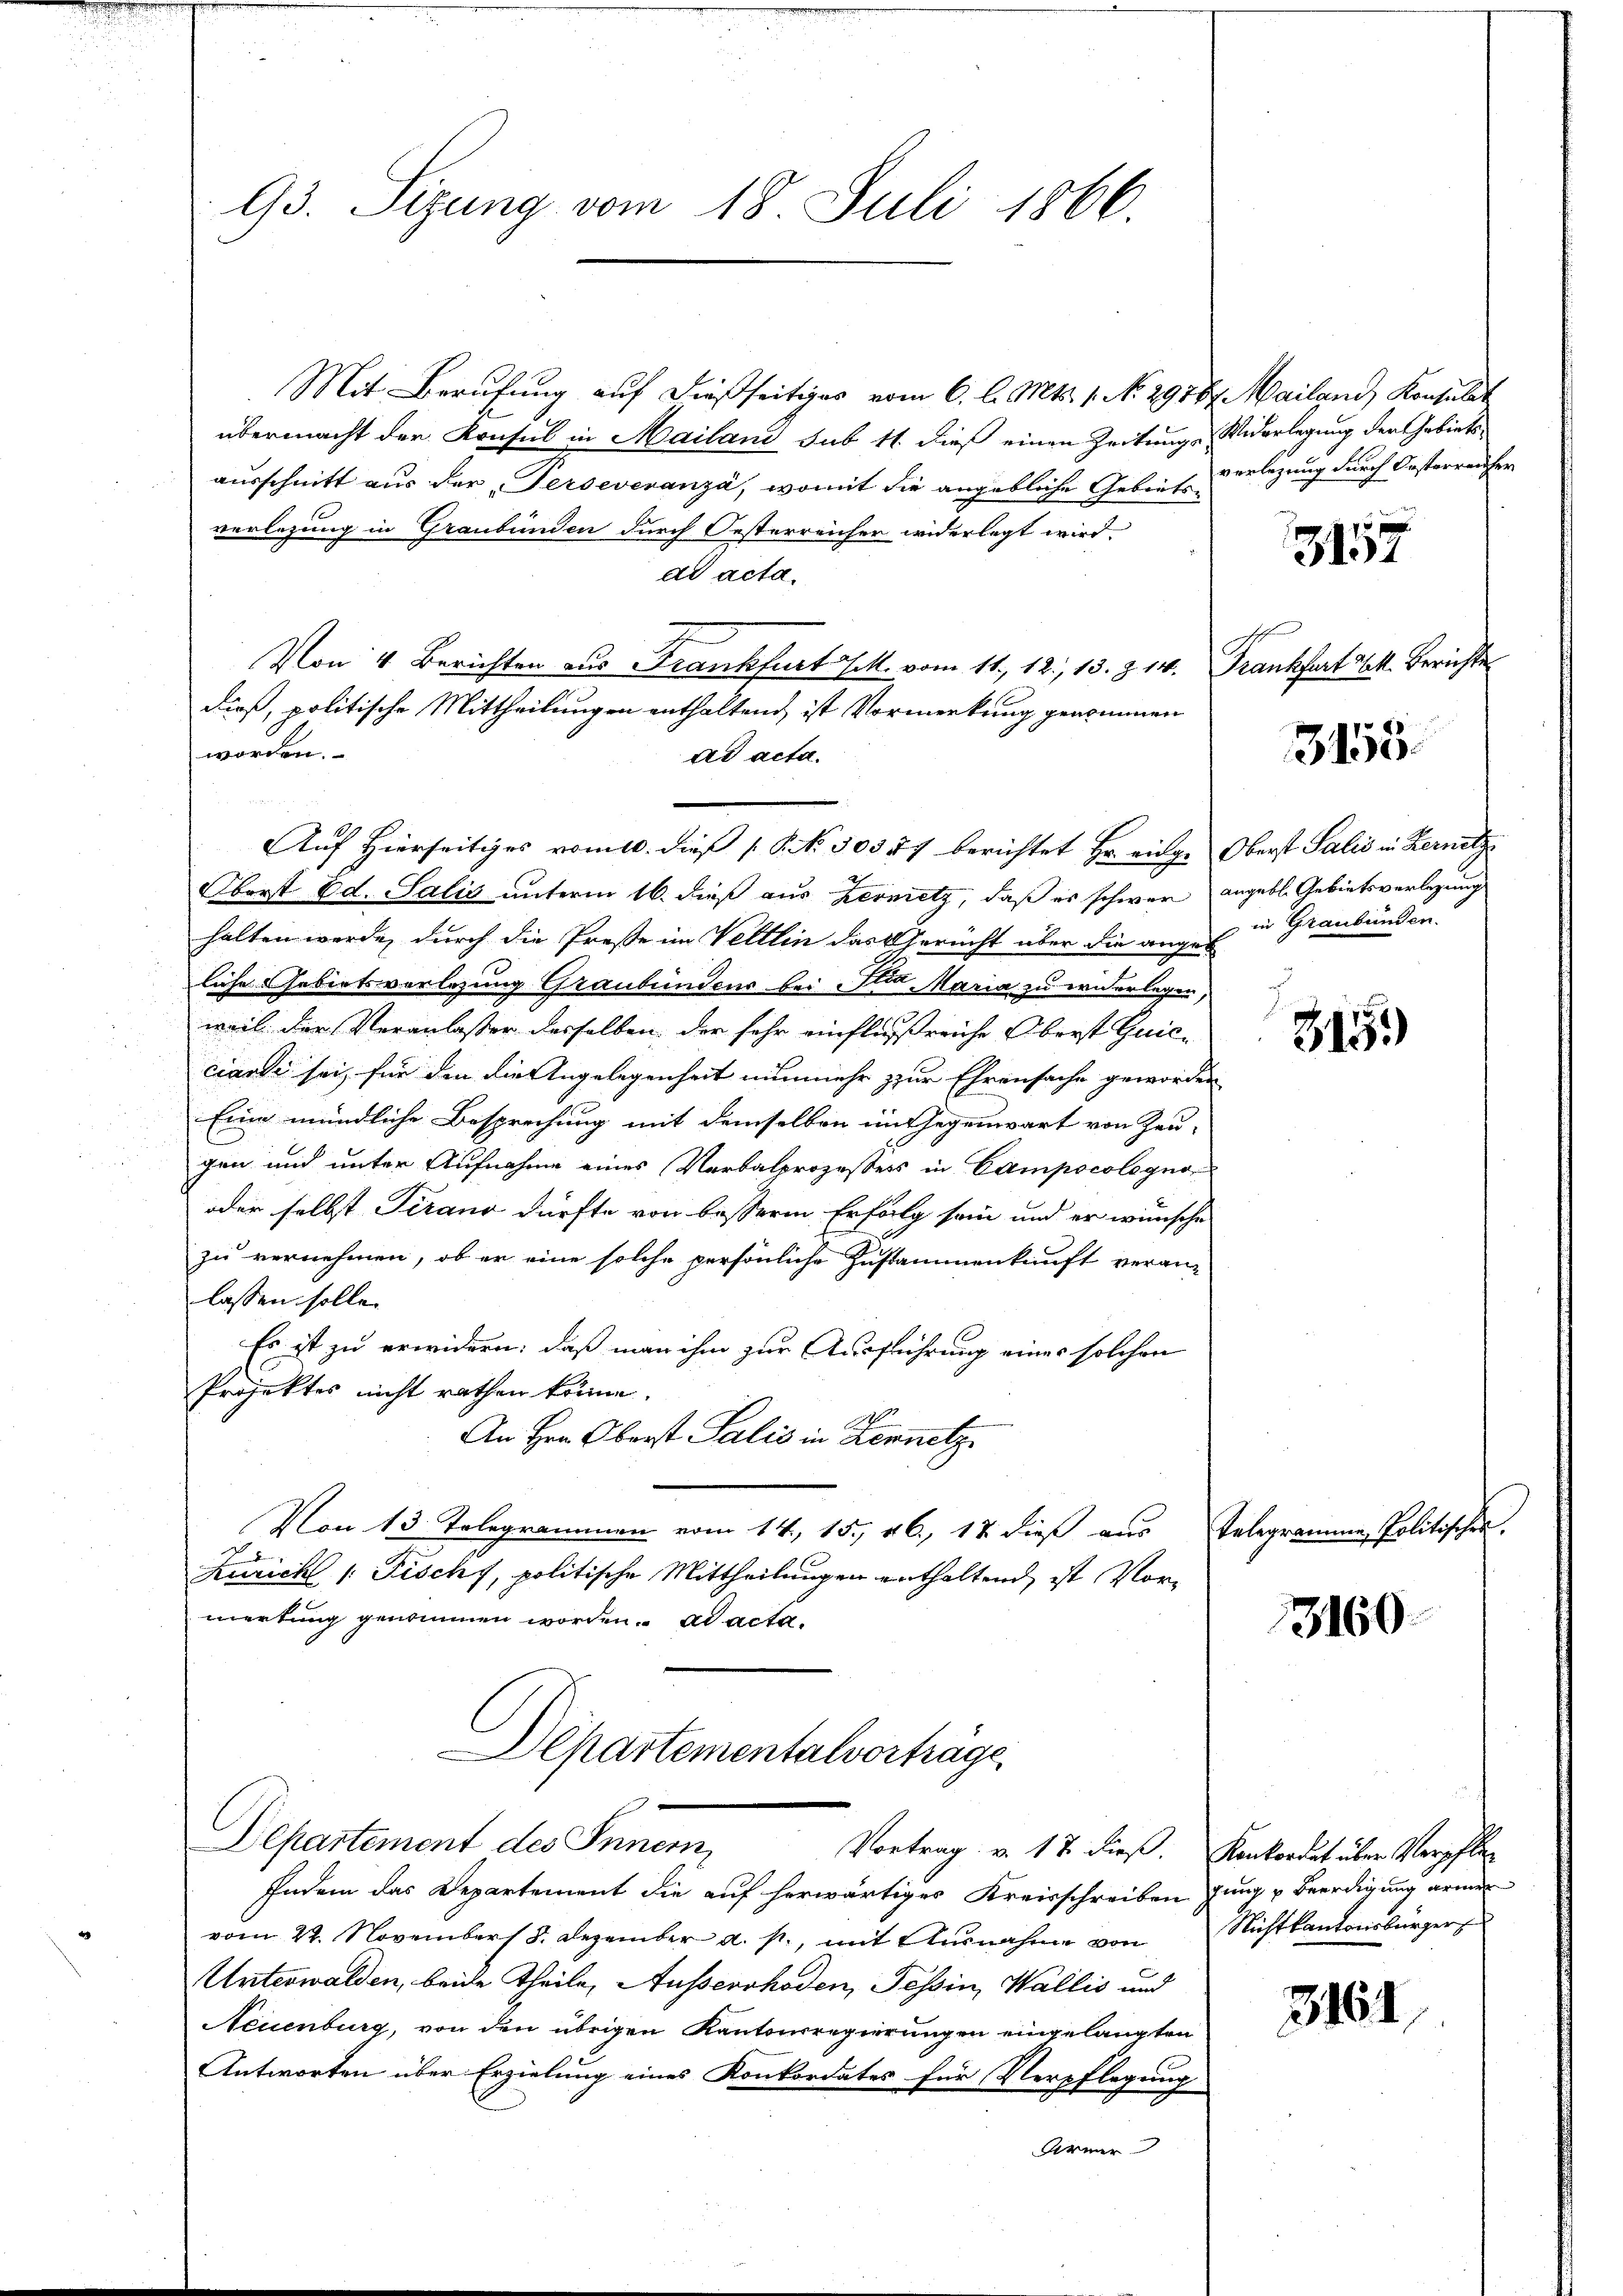
93. Sizung vom 18. Juli 1866.

Mit Berufung auf dießseitiges vom 6. l. Mts. 1. No. 2918.
übermacht der Konsul in Mailand sub 11 dieß einen Zeitungsausschnitt aus der Perseveranza, womit die angebliche Gebietsverlegung in Graubünden durch Oesterreicher widerlegt wird.
ad acta.
Von 4 Berichten aus Frankfurt Joh. vom 11. 12, 13. 8. 140.
dieß, politische Mittheilungen enthaltend ist Vormerkung genommen
worden.
ad acta.
Auf Hierseitiges vom 10. dieß (S. 30377 berichtet Hr. einge
Oberst Ed. Salis unterm 16. dieß aus Zermetz, daß es schwer
halten werde, durch die Preße im Veltlin das Gerecht aber die angeliche Gebietsvorlegung Graubündens bei die Maria zu widerlegen,
weil der Veranlassen desselben der sehr einflußreiche Oberst Guicciante sei, für den die Angelegenheit nunmehr zur Ehrensache geworden
Eine mündliche Besprechung mit demselben im Gegenwart von Zeu-
gen und unter Aufnahme eines Verbalprozessers in Campscolegno
oder selbst Tirano dürfte von besserm Erfolg sein und er wünsche
zu vernehmen, ob er eine solche persönliche Zustammenkunft veran-
lassen solle.
Es ist zu erwidern: daß man ihm zur Ausführung eines solchen
Projektes nicht rathen könne.
An Hrn. Oberst Salis in Kennetz
Von 13. Telegrammen vom 14, 15. 26, 17 dieß aus
d
Kuricht /: Fischf, politische Mittheilungen enthaltend, ist Vorwerkung genommen worden. ad acta.
Departementalvorträge
Departement des Innern,
Vortrag v. 17. dieß. Konkordat über Verpfle¬
Indem das Departement die auf herwärtiges Kreisschreiben jung u Beerdigung armen
vom 22. November 8. Dezember a. p., mit Ausnahme von
Unterwalden, beide Theile, Ausserrhoden, Tessin, Wallis und
Neuenburg, von den übrigen Kantonsregierungen eingelangten
Antworten über Erzielung eines Konkordates für Verpflegung
Armer

Mailand, Konsulat
Widerlegung der Gebietsverlegung durch Oesterreicher

3157

Frankfurt k. Berichte

3155.

Oberst Salis in Bernitz
angebl. Gebietsverlegung
in Graubünden.

345)

Telegrammen Politischen.

3160

Nichtkantonsbürger

3161